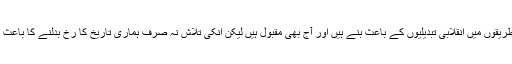
کالی مرچ اور دار چینی جیسے مصالحے دنیا بھر میں کھانے کے طریقوں میں انقلابی تبدیلیوں کے باعث بنے ہیں اور آج بھی مقبول ہیں لیکن انکی تلاش نہ صرف ہماری تاریخ کا رخ بدلنے کا باعث بنی بلکہ اس نے جدید دینا کی شکل بنانے میں بھی اہم کردار ادا کیا۔